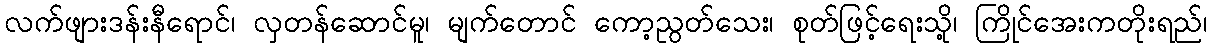
လက်ဖျားဒန်းနီရောင်၊ လှတန်ဆောင်မူ၊ မျက်တောင် ကော့ညွတ်သေး၊ စုတ်ဖြင့်ရေးသို့၊ ကြိုင်အေးကတိုးရည်၊